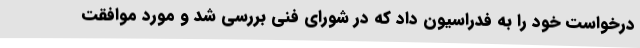
درخواست خود را به فدراسیون داد که در شورای فنی بررسی شد و مورد موافقت